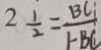
2 \frac { 1 } { 2 } = \frac { B C } { 1 - B C }